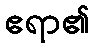
ဧရာ၏